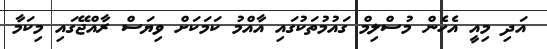
އަދި މިއީ އެހެން މުސްލިމް ގައުމުތަކުގައި އާއްމު ކަމަކަށް ވިޔަސް ރާއްޖޭގައި މިކަމާ